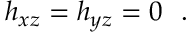
h _ { x z } = h _ { y z } = 0 \ \ .